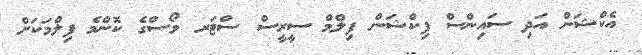
އެކްޝަން އަދި ސައިންސް ފިކްޝަން ފިލްމް ސީރީސް ސްޓަރ ވޯސްގެ ކޮންމެ ފިލްމަކަށް